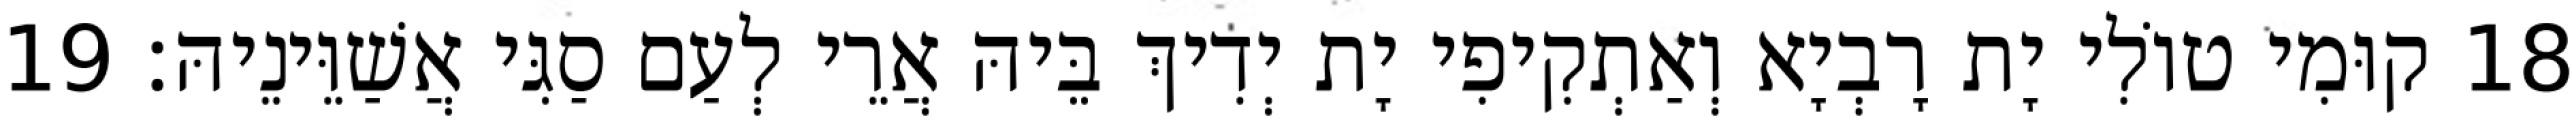
18 קוּמִי טוֹלִי יָת רָבְיָא וְאַתְקִיפִי יָת יְדִיךְ בֵּיהּ אֲרֵי לְעַם סַגִּי אֲשַׁוֵּינֵיהּ׃ 19